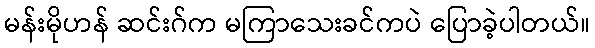
မန်းမိုဟန် ဆင်းဂ်က မကြာသေးခင်ကပဲ ပြောခဲ့ပါတယ်။